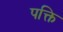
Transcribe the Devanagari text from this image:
पक्ति